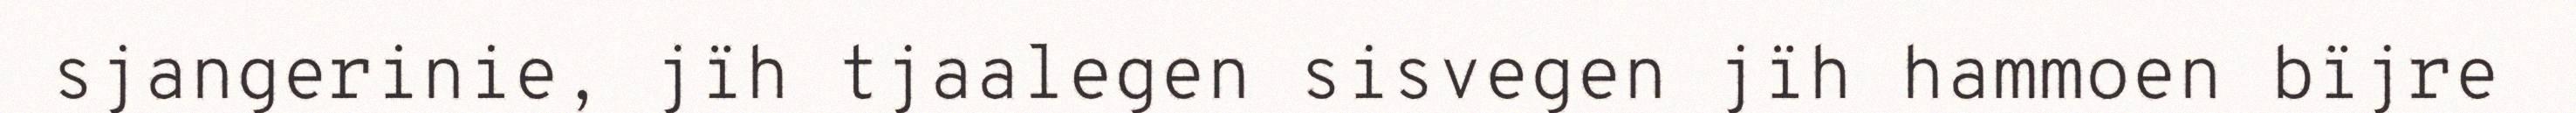
sjangerinie, jïh tjaalegen sisvegen jïh hammoen bïjre